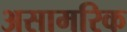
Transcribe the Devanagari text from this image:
असामरिक